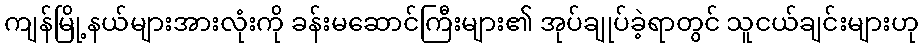
ကျန်မြို့နယ်များအားလုံးကို ခန်းမဆောင်ကြီးများ၏ အုပ်ချုပ်ခဲ့ရာတွင် သူငယ်ချင်းများဟု